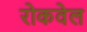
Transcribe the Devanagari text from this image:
रोकवेल